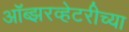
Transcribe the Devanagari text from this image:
ऑब्झरव्हेटरीच्या